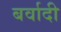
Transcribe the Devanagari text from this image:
बर्वादी